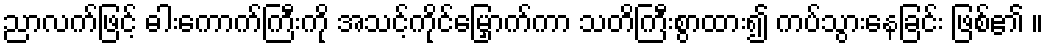
ညာလက်ဖြင့် ဓါးကောက်ကြီးကို အသင့်ကိုင်မြှောက်ကာ သတိကြီးစွာထား၍ ကပ်သွားနေခြင်း ဖြစ်၏ ။